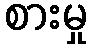
စားမှု